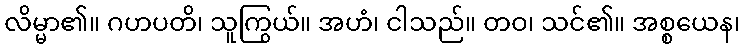
လိမ္မာ၏။ ဂဟပတိ၊ သူကြွယ်။ အဟံ၊ ငါသည်။ တဝ၊ သင်၏။ အစ္စယေန၊